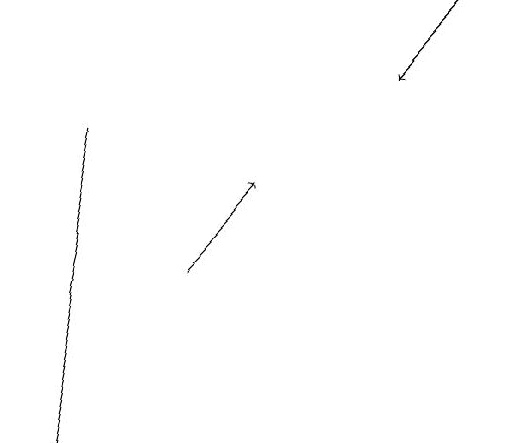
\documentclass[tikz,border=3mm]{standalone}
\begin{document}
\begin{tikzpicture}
\draw[->] (8,19) -- (7,18);
\draw[->] (3,18) -- (2,14);
\draw[->] (4,16) -- (5,17);
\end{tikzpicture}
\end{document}